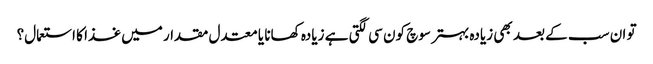
تو ان سب کے بعد بھی زیادہ بہتر سوچ کون سی لگتی ہے زیادہ کھانا یا معتدل مقدار میں غذا کا استعمال؟